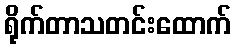
ရိုက်တာသတင်းထောက်